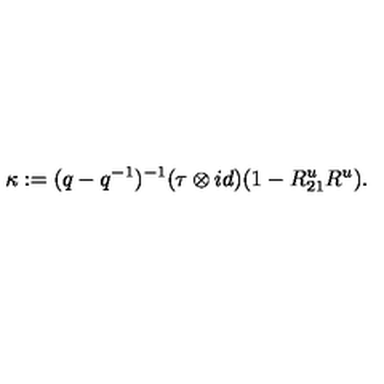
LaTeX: \kappa : = ( q - q ^ { - 1 } ) ^ { - 1 } ( \tau \otimes i d ) ( 1 - R _ { 2 1 } ^ { u } R ^ { u } ) .